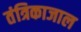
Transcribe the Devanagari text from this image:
तंत्रिकाजाल